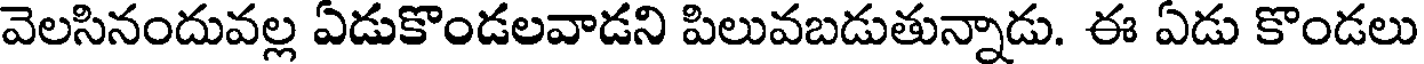
వెలసినందువల్ల ఏడుకొండలవాడని పిలువబడుతున్నాడు. ఈ ఏడు కొండలు